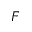
F